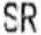
SR